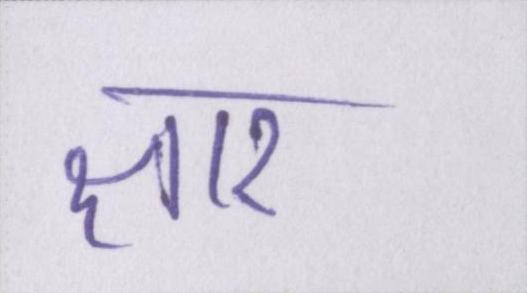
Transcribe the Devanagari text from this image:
क्षार